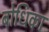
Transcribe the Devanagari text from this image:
बोधिका